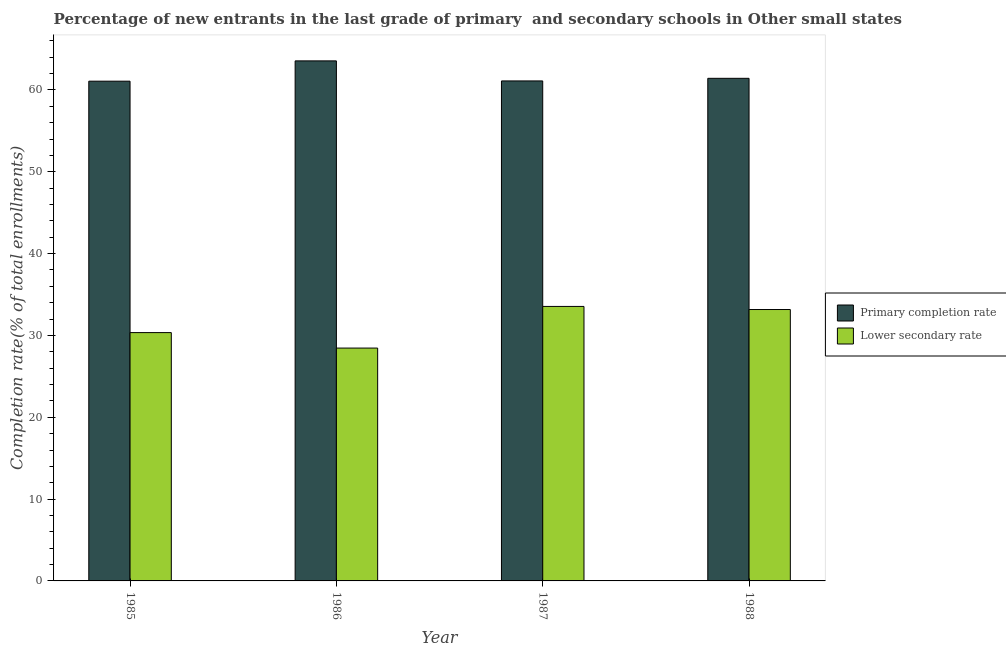
| Year | Primary completion rate | Lower secondary rate |
 | --- | --- | --- |
 | 1985 | 61.1 | 30.3 |
 | 1986 | 63.6 | 28.5 |
 | 1987 | 61.1 | 33.5 |
 | 1988 | 61.4 | 33.2 |